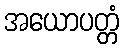
အယောပတ္တံ